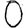
Digit: 0